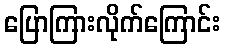
ပြောကြားလိုက်ကြောင်း